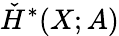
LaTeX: {\check{H}}^{*}(X;A)